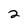
Character: 2